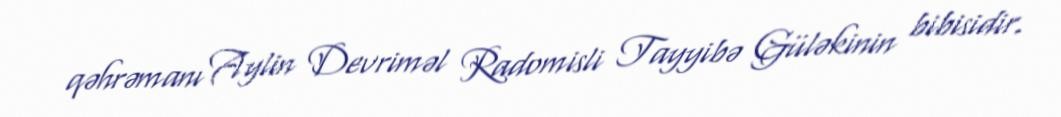
qəhrəmanı Aylin Devriməl Radomisli Tayyibə Güləkinin bibisidir.